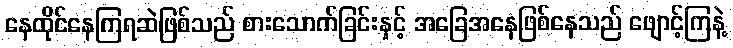
နေထိုင်နေကြရဆဲဖြစ်သည် စားသောက်ခြင်းနှင့် အခြေအနေဖြစ်နေသည် ဖျောင့်ကြနဲ့